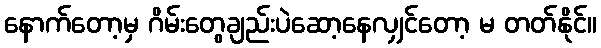
နောက်တော့မှ ဂိမ်းတွေချည်းပဲဆော့နေလျှင်တော့ မ တတ်နိုင်။